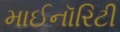
માઈનૉરિટી